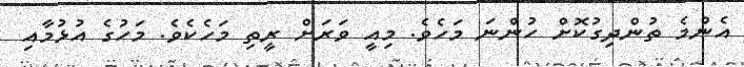
އެންމެ ތުންދިގުކޮށް ހުންނަ މަހެވެ. މިއީ ވަރަށް ރީތި މަހެކެވެ. މަހުގެ އުޅުމާއި